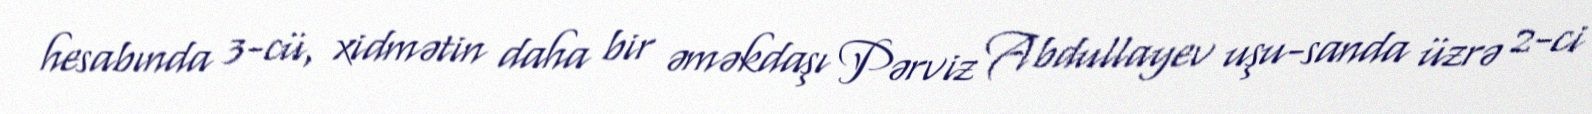
hesabında 3-cü, xidmətin daha bir əməkdaşı Pərviz Abdullayev uşu-sanda üzrə 2-ci